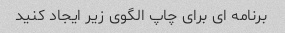
برنامه ای برای چاپ الگوی زیر ایجاد کنید